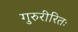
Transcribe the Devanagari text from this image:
गुरुरीरितः